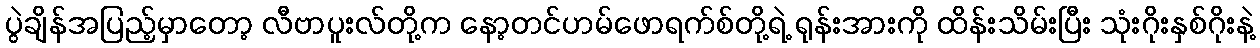
ပွဲချိန်အပြည့်မှာတော့ လီဗာပူးလ်တို့က နော့တင်ဟမ်ဖောရက်စ်တို့ရဲ့ ရုန်းအားကို ထိန်းသိမ်းပြီး သုံးဂိုးနှစ်ဂိုးနဲ့